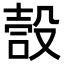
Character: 嗀